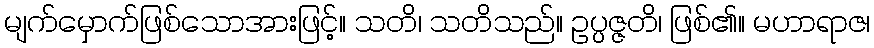
မျက်မှောက်ဖြစ်သောအားဖြင့်။ သတိ၊ သတိသည်။ ဥပ္ပဇ္ဇတိ၊ ဖြစ်၏။ မဟာရာဇ၊